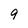
Character: 9